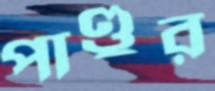
পাণ্ডুর